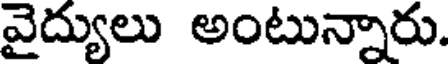
వైద్యులు అంటున్నారు.